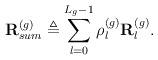
LaTeX: \begin{align*}\mathbf{R}^{(g)}_{sum} \triangleq \sum_{l=0}^{L_g-1} \rho_l^{(g)}\mathbf{R}_l^{(g)}.\end{align*}